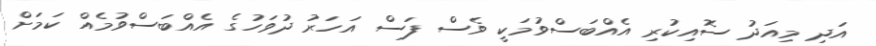
އަދި މިއަދު ސޮއިކުރި އެއްބަސްވުމަކީ ވެސް ފަސް އަހަރު ދުވަހުގެ އެއްބަސްވުމެއް ކަމަށް